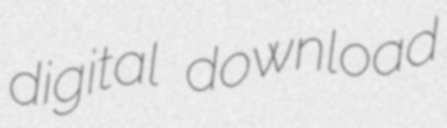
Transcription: digital download